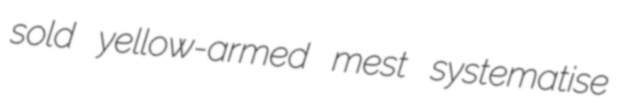
sold yellow-armed mest systematise